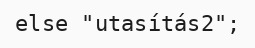
else "utasítás2";